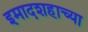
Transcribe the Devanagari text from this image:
इमादशहाच्या